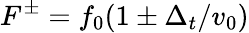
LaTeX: F^{\pm}=f_{0}(1\pm\Delta_{t}/v_{0})